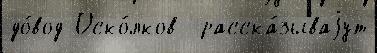
до́вод Оско́лков  расска́зываjут